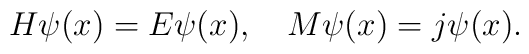
H\psi(x)=E\psi(x),\quad M\psi(x)=j\psi(x).